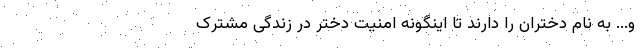
و... به نام دختران‌ را دارند تا اینگونه امنیت دختر در زندگی مشترک